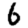
Digit: 6